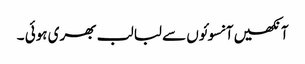
آنکھیں آنسوئوں سے لبا لب بھری ہوئی ۔